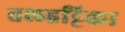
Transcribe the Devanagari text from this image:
तलहट्टिका